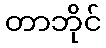
တာဘိုင်